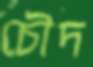
চৌদ